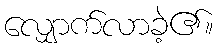
လျှောက်လာခဲ့၏။